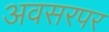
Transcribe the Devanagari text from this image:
अवसरपर